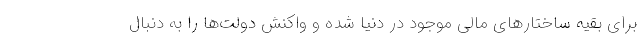
برای بقیه ساختارهای مالی موجود در دنیا شده و واکنش دولت‌ها را به دنبال